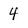
Character: 4